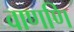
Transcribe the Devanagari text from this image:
वाणणि